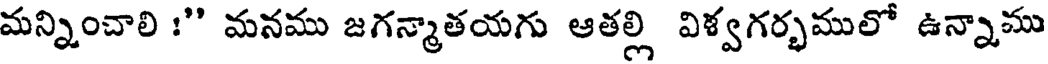
మన్నించాలి :" మనము జగన్మాతయగు ఆతల్లి విళ్వగర్భములో ఉన్నాము